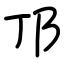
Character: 邒